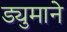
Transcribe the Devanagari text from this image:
ड्युमाने